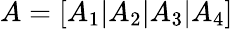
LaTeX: A=[A_{1}|A_{2}|A_{3}|A_{4}]